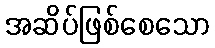
အဆိပ်ဖြစ်စေသော